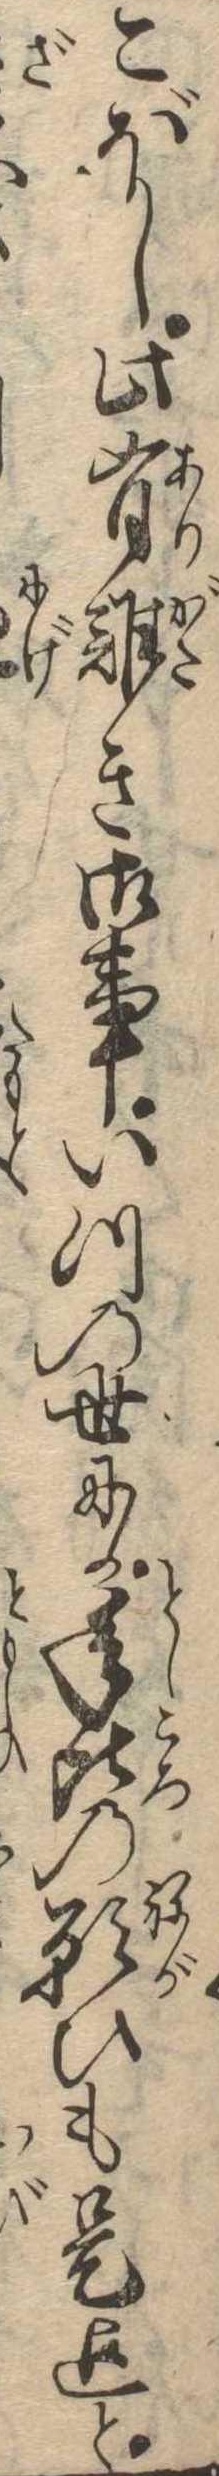
こぼし比有難き御事いつの世にか年比の願ひも是迄と